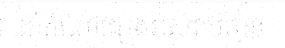
ដាំដំណាំផ្សេងអស់រាប់ពាន់